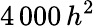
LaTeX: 4\, 000\, h^{2}